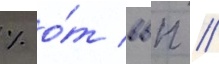
% о́т ввп //